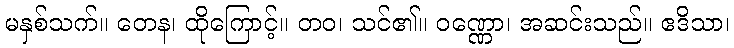
မနှစ်သက်။ တေန၊ ထိုကြောင့်။ တဝ၊ သင်၏။ ဝဏ္ဏော၊ အဆင်းသည်။ ဧဒိသာ၊